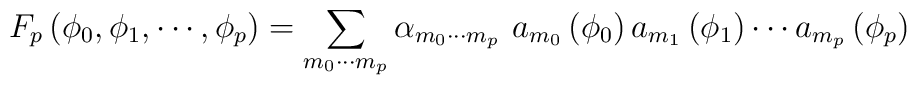
F_p \left( \phi_0, \phi_1, \cdots, \phi_p \right)   = \sum_{m_0 \cdots m_p} \alpha_{m_0 \cdots m_p}\, \, a_{m_0} \left( \phi_0 \right) a_{m_1} \left( \phi_1  \right)\cdots a_{m_p} \left( \phi_p \right)